Tezpur Lunatic Asylum reports 1877-1894 - 1877-1894
Year: 1877
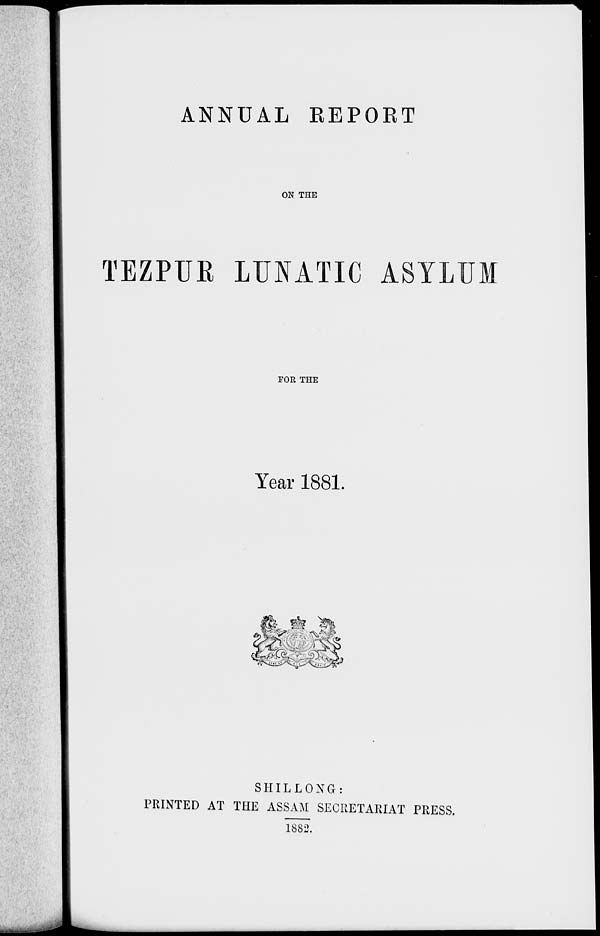
ANNUAL REPORT
ON THE
TEZPUE LUNATIC ASYLUM
FOR THE
Year 1881.
SHILLONG:
PRINTED AT THE ASSAM SECRETARIAT PRESS.
1882.